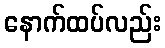
နောက်ထပ်လည်း